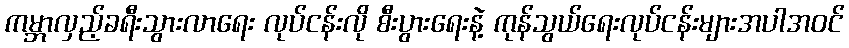
ကမ္ဘာလှည့်ခရီးသွားလာရေး လုပ်ငန်းလို စီးပွားရေးနဲ့ ကုန်သွယ်ရေးလုပ်ငန်းများအပါအဝင်